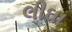
લીઘા